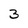
Character: 3